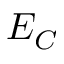
E _ { C }